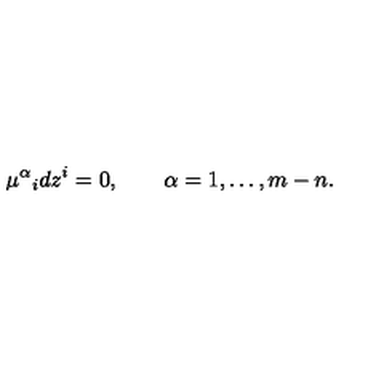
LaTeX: \mu ^ { \alpha } { } _ { i } d z ^ { i } = 0 , \qquad \alpha = 1 , \ldots , m - n .